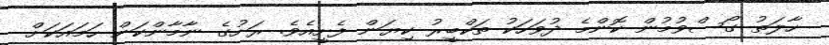
ހާލަތު ގޯސްވުމުން ކޮންމެ ދުވަހަކު ތަކްބީރު ކިޔަން ފެށީއެވެ. ރަށުގެ ނާމާންކަން ހަމައަކަށް